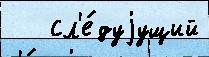
   сл'е́дуjущий